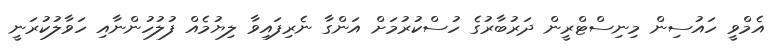
އެމްވީ ހައުސިން މިނިސްޓްރީން ދަރުބާރުގެ ހުސްކުރުމަށް އަންގާ ނެރިފައިވާ ލިޔުމެއް ފުލުހުންނާއި ހަވާލުކުރަނީ